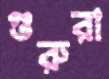
গুরুরা